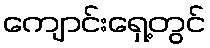
ကျောင်းရှေ့တွင်